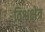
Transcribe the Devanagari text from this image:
विश्वक्षेत्र